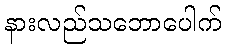
နားလည်သဘောပေါက်